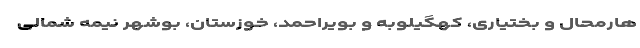
هارمحال و بختیاری، کهگیلوبه و بویراحمد، خوزستان، بوشهر نیمه شمالی